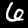
Digit: 6